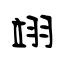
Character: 翊